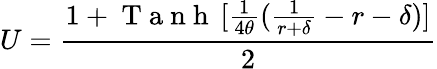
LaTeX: U=\frac{1+\mathrm{~T~a~n~h~}\left.[\frac{1}{4\theta}(\frac{1}{r+\delta}-r-\delta)\right.]}{2}